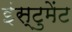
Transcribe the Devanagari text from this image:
इंस्टुमेंट